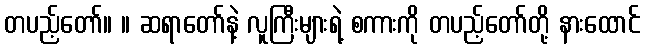
တပည့်တော်။ ။ ဆရာတော်နဲ့ လူကြီးများရဲ့ စကားကို တပည့်တော်တို့ နားထောင်